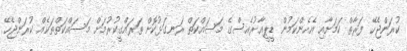
ކުރަންޖެހޭ ފަރާތް ކަމަށާއި އެހެންކަމުން ޑީޕީއާރުއެސްގެ މަސައްކަތް ރަނގަޅުކޮށް ތަރައްގީކުރުމަށް މަސައްކަތްތަކެއް ކުރަންޖެހޭ